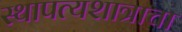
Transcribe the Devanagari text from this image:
स्थापत्यशात्राचा